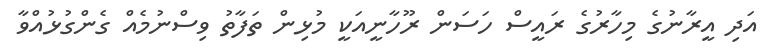
އަދި އީރާނުގެ މިހާރުގެ ރައީސް ހަސަން ރޫހާނީއަކީ މުޅިން ތަފާތު ވިސްނުމެއް ގެންގުޅުއްވާ